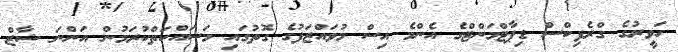
ހަވީރުގެ ގްރެފިކްސް ޑިޕާޓްމަންޓްގެ އެންމެ އިސް މުވައްޒަފުގެ ގޮތުގައި މަސައްކަތްކުރަމުން އަންނަ ޝާޒް